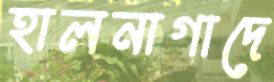
হালনাগাদে